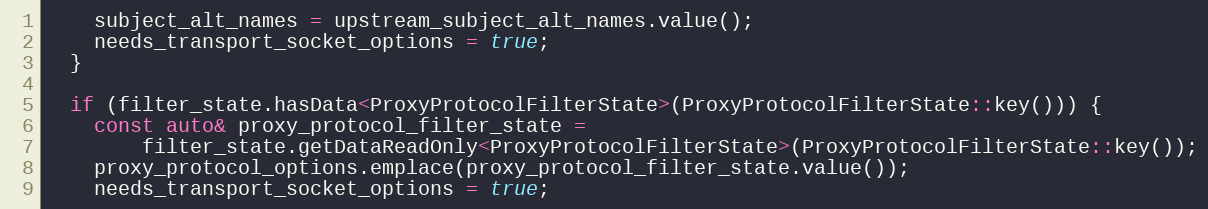
Language: C++
    subject_alt_names = upstream_subject_alt_names.value();
    needs_transport_socket_options = true;
  }

  if (filter_state.hasData<ProxyProtocolFilterState>(ProxyProtocolFilterState::key())) {
    const auto& proxy_protocol_filter_state =
        filter_state.getDataReadOnly<ProxyProtocolFilterState>(ProxyProtocolFilterState::key());
    proxy_protocol_options.emplace(proxy_protocol_filter_state.value());
    needs_transport_socket_options = true;